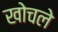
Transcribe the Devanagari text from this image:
खोचले